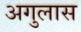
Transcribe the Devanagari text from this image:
अगुलास